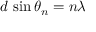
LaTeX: d \, \sin \theta _ { n } = n \lambda